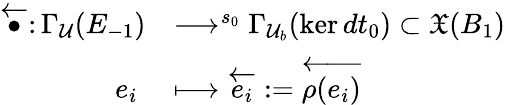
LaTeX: \begin{array}{rl}{\overleftarrow{\bullet}\colon\Gamma_{\mathcal{U}}(E_{-1})}&{\longrightarrow^{s_{0}}\Gamma_{\mathcal{U}_{b}}(\ker dt_{0})\subset\mathfrak{X}(B_{1})}\\ {e_{i}\; }&{\longmapsto\overleftarrow{e_{i}}:=\overleftarrow{\rho(e_{i})}}\end{array}